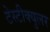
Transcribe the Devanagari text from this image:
टेस्टीक्युलर